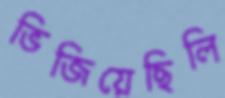
ভিজিয়েছিলি